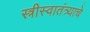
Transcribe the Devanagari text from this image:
स्त्रीस्वातंत्र्याचे